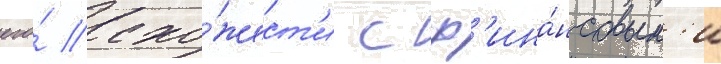
его́ схо́жест'и с ф'ина́нсовым'и